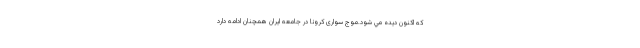
كه اكنون ديده مي شود.موج سواری کرونا در جامعه ایران همچنان ادامه دارد